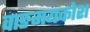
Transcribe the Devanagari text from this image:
वाङमयकोश